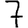
Digit: 7